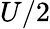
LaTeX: U/2